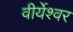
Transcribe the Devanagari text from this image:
वीर्येश्वर